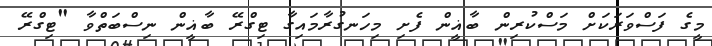
މީގެ ފަސްވަރަކަށް މަސްކުރިން ބާޣީން ފެށި މިހަނގުރާމައިގާ ޓިގްރޭ ބާޣީން ނިސްބަތްވާ "ޓިގްރޭ